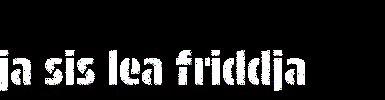
ja sis lea friddja